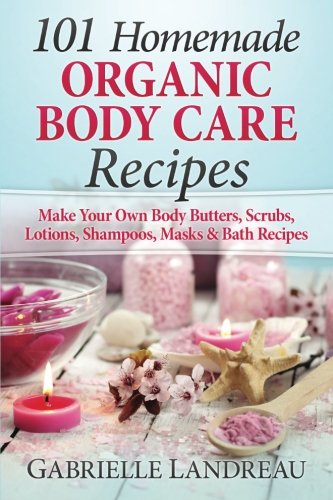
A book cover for Organic Body Care: 101 Homemade Beauty Products Recipes-Make Your Own Body Butters, Body Scrubs, Lotions, Shampoos, Masks And Bath Recipes (organic ... homemade body butter, body care recipes); Gabrielle Landreau; Crafts, Hobbies & Home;